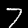
Digit: 7